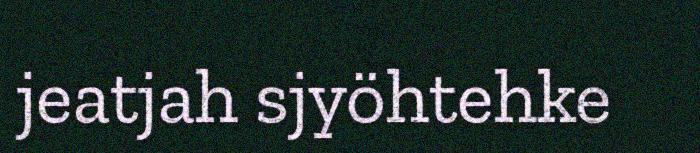
jeatjah sjyöhtehke